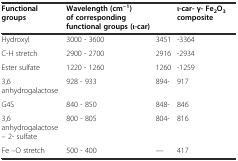
<table><thead><tr><td><b>Functional groups</b></td><td><b>Wavelength (cm<sup>−1</sup>) of corresponding functional groups (ι-car)</b></td><td></td><td><b>ι-car-γ- Fe<sub>2</sub>O<sub>3</sub>composite</b></td></tr></thead><tbody><tr><td>Hydroxyl</td><td>3000 - 3600</td><td>3451</td><td>-3364</td></tr><tr><td>C-H stretch</td><td>2900 - 2700</td><td>2916</td><td>-2934</td></tr><tr><td>Ester sulfate</td><td>1220 - 1260</td><td>1260</td><td>-1259</td></tr><tr><td>3,6 anhydrogalactose</td><td>928 - 933</td><td>894-</td><td>917</td></tr><tr><td>G4S</td><td>840 - 850</td><td>848-</td><td>846</td></tr><tr><td>3,6 anhydrogalactose – 2- sulfate</td><td>800 - 805</td><td>804-</td><td>816</td></tr><tr><td>Fe –O stretch</td><td>500 - 400</td><td>---</td><td>417</td></tr></tbody></table>